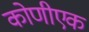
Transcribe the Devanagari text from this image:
कोणीएक